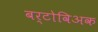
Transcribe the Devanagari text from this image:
बर्टोविअक